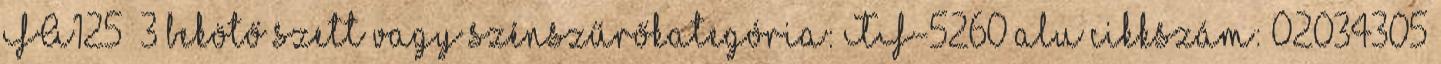
FA125 3 bekötő szett vagy szénszűrőkategória: TF-5260 alu cikkszám: 02034305